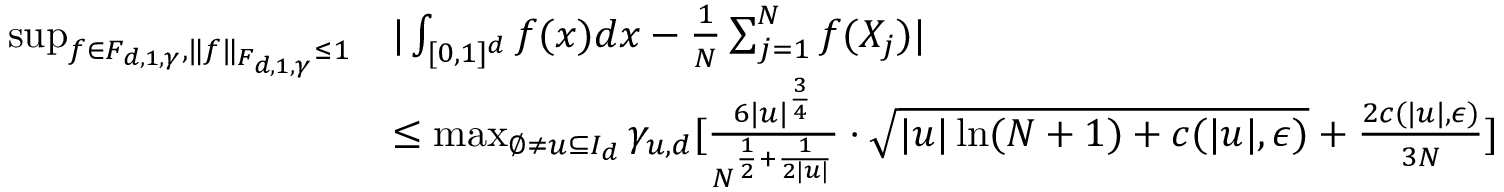
\begin{array} { r l } { \operatorname* { s u p } _ { f \in F _ { d , 1 , \gamma } , \| f \| _ { F _ { d , 1 , \gamma } } \leq 1 } } & { | \int _ { [ 0 , 1 ] ^ { d } } f ( x ) d x - \frac { 1 } { N } \sum _ { j = 1 } ^ { N } f ( X _ { j } ) | } \\ & { \leq \operatorname* { m a x } _ { \emptyset \neq u \subseteq I _ { d } } \gamma _ { u , d } [ \frac { 6 | u | ^ { \frac { 3 } { 4 } } } { N ^ { \frac { 1 } { 2 } + \frac { 1 } { 2 | u | } } } \cdot \sqrt { | u | \ln ( N + 1 ) + c ( | u | , \epsilon ) } + \frac { 2 c ( | u | , \epsilon ) } { 3 N } ] } \end{array}